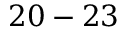
2 0 - 2 3